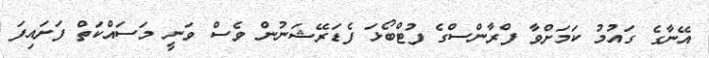
އޭނާގެ ގައުމު ކަމަށްވާ ފްރާންސްގެ ފުޓްބޯޅަ ފެޑަރޭޝަނުން ވެސް ވަނީ މަސައްކަތް ފަށައިފަ